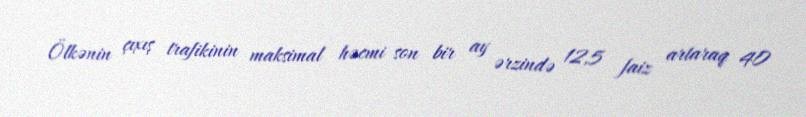
Ölkənin çıxış trafikinin maksimal həcmi son bir ay ərzində 12,5 faiz artaraq 40